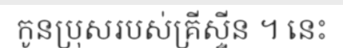
កូនប្រុសរបស់គ្រីស្ទីន ។ នេះ